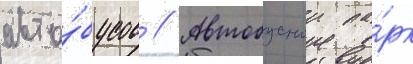
авто́бусов // Автобусныи па́рк